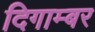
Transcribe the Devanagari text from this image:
दिगाम्बर